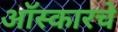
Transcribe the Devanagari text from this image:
ऑस्कारचे